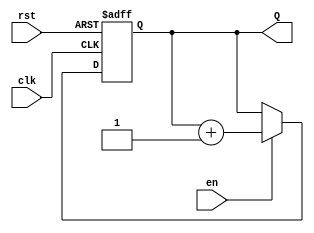
module binary_counter #(
    parameter N = 4  // Number of bits in the counter
)(
    input wire clk,      // Clock signal
    input wire rst,      // Reset signal
    input wire en,       // Enable signal
    output reg [N-1:0] Q // n-bit output for the counter
);

    // Always block triggered on clock's rising edge
    always @(posedge clk or posedge rst) begin
        if (rst) begin
            Q <= 0; // Reset the counter to 0
        end else if (en) begin
            Q <= Q + 1; // Increment the counter
        end
        // If not reset and not enabled, the output stays the same
    end

endmodule